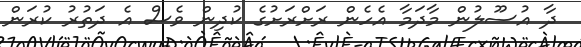
ދާ އުސޫލުން މާދަމާ އެހެން ރަށްރަށުގެ ކުދިން ވެސް އެ ދަތުރު ކުރަން